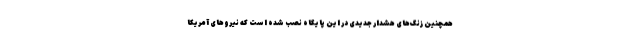
همچنین زنگ‌های هشدار جدیدی در این پایگاه نصب شده است که نیروهای آمریکا